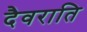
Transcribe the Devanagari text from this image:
दैवराति